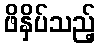
ဖိနှိပ်သည့်